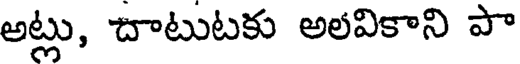
అట్లు, దాటుటకు అలవికాని పా